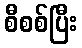
စီစစ်ပြီး